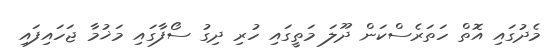
މެދުގައި އޮތް ހަތަރެސްކަން ދޫލަ މަތީގައި ހުރި ދިގު ސޯފާގައި މަޚުމާ ޖަހައިފައި